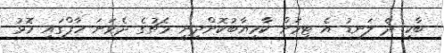
ބާކީ ދެ ލަނޑު އެ ޓީމަށް ކާމިޔާބުކޮށްދިނީ މެޗުގެ ދެވަނަ ހާފްގައި މޮޅު